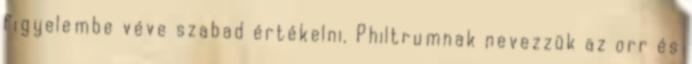
figyelembe véve szabad értékelni. Philtrumnak nevezzük az orr és